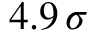
4 . 9 \, \sigma